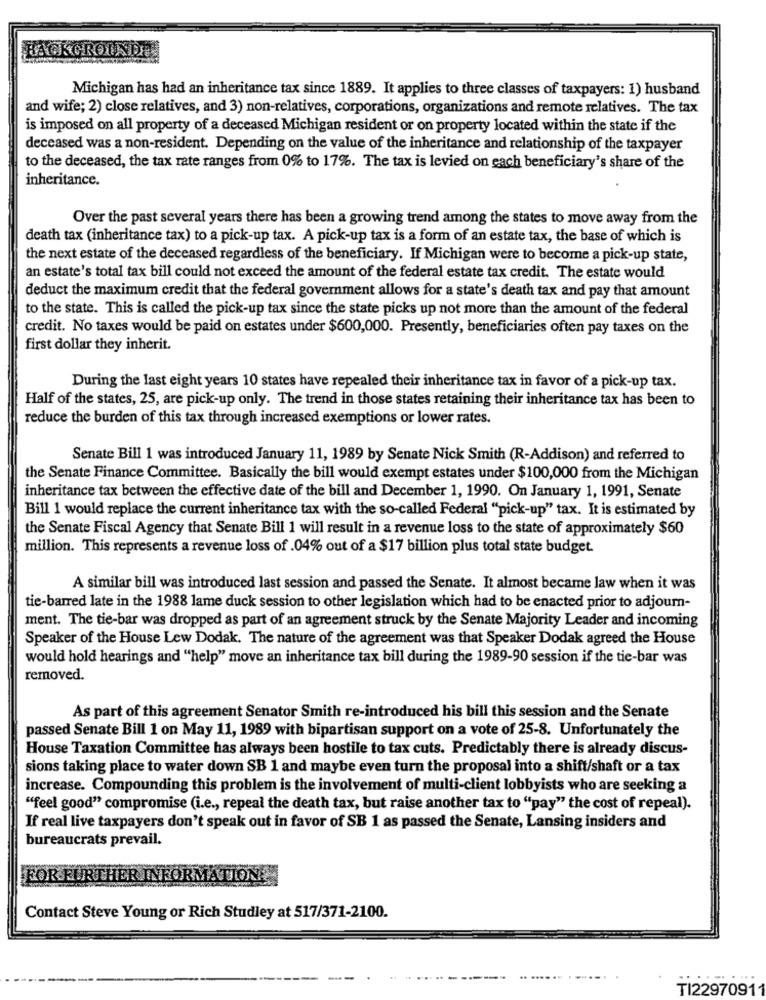
BACKGROUNDE
Michigan has had an inheritance tax since 1889. It applies to three classes of taxpayers: 1) husband
and wife; 2) close relatives, and 3) non-relatives, corporations, organizations and remote relatives. The tax
is imposed on all property of a deceased Michigan resident or on property located within the state if the
deceased was a non-resident. Depending on the value of the inheritance and relationship of the taxpayer
to the deceased, the tax rate ranges from 0% to 17%. The tax is levied on each beneficiary's share of the
inheritance.
Over the past several years there has been a growing trend among the states to move away from the
death tax (inheritance tax) to a pick-up tax. A pick-up tax is a form of an estate tax, the base of which is
the next estate of the deceased regardless of the beneficiary. If Michigan were to become a pick-up state,
an estate's total tax bill could not exceed the amount of the federal estate tax credit. The estate would
deduct the maximum credit that the federal government allows for a state's death tax and pay that amount
to the state. This is called the pick-up tax since the state picks up not more than the amount of the federal
credit. No taxes would be paid on estates under $600,000. Presently, beneficiaries often pay taxes on the
first dollar they inherit.
During the last eight years 10 states have repealed their inheritance tax in favor of a pick-up tax.
Half of the states, 25, are pick-up only. The trend in those states retaining their inheritance tax has been to
reduce the burden of this tax through increased exemptions or lower rates.
Senate Bill 1 was introduced January 11, 1989 by Senate Nick Smith (R-Addison) and referred to
the Senate Finance Committee. Basically the bill would exempt estates under $100,000 from the Michigan
inheritance tax between the effective date of the bill and December 1, 1990. On January 1, 1991, Senate
Bill 1 would replace the current inheritance tax with the so-called Federal "pick-up" tax. It is estimated by
the Senate Fiscal Agency that Senate Bill 1 will result in a revenue loss to the state of approximately $60
million. This represents a revenue loss of .04% out of a $17 billion plus total state budget.
A similar bill was introduced last session and passed the Senate. It almost became law when it was
tie-barred late in the 1988 lame duck session to other legislation which had to be enacted prior to adjourn-
ment. The tie-bar was dropped as part of an agreement struck by the Senate Majority Leader and incoming
Speaker of the House Lew Dodak. The nature of the agreement was that Speaker Dodak agreed the House
would hold hearings and "help" move an inheritance tax bill during the 1989-90 session if the tie-bar was
removed.
As part of this agreement Senator Smith re-introduced his bill this session and the Senate
passed Senate Bill 1 on May 11, 1989 with bipartisan support on a vote of 25-8. Unfortunately the
House Taxation Committee has always been hostile to tax cuts. Predictably there is already discus-
sions taking place to water down SB 1 and maybe even turn the proposal into a shift/shaft or a tax
increase. Compounding this problem is the involvement of multi-client lobbyists who are seeking a
"feel good" compromise (i.e ., repeal the death tax, but raise another tax to "pay" the cost of repeal).
If real live taxpayers don't speak out in favor of SB 1 as passed the Senate, Lansing insiders and
bureaucrats prevail.
FOR
URTHER INFORMATION
Contact Steve Young or Rich Studley at 517/371-2100.
TI22970911